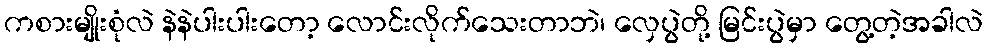
ကစားမျိုးစုံလဲ နဲနဲပါးပါးတော့ လောင်းလိုက်သေးတာဘဲ၊ လှေပွဲတို့ မြင်းပွဲမှာ တွေ့တဲ့အခါလဲ